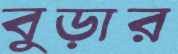
বুড়ার